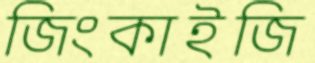
জিংকাইজি